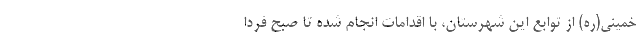
خمینی(ره) از توابع این شهرستان، با اقدامات انجام شده تا صبح فردا